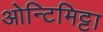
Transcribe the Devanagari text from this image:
ओन्टिमिट्टा